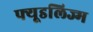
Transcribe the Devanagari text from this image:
फ्यूडलिज्म